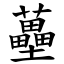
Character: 蘲